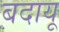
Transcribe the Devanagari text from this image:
बदायू